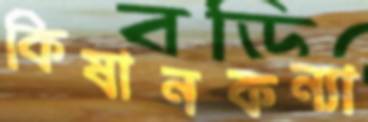
কিষানকন্যা